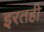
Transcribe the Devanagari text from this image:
इरतही